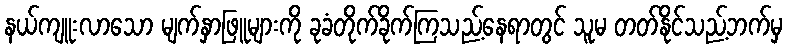
နယ်ကျူးလာသော မျက်နှာဖြူများကို ခုခံတိုက်ခိုက်ကြသည့်နေရာတွင် သူမ တတ်နိုင်သည့်ဘက်မှ